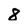
Character: 8